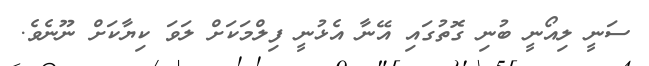
ސަނީ ލިއޯނީ ބުނި ގޮތުގައި އޭނާ އެޅުނީ ފިލްމަކަށް ލަވަ ކިޔާކަށް ނޫނެވެ.